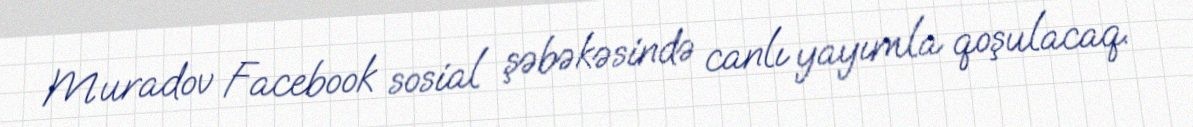
Muradov Facebook sosial şəbəkəsində canlı yayımla qoşulacaq.